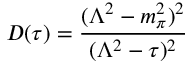
D ( \tau ) = \frac { ( \Lambda ^ { 2 } - m _ { \pi } ^ { 2 } ) ^ { 2 } } { ( \Lambda ^ { 2 } - \tau ) ^ { 2 } }